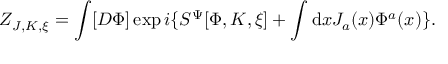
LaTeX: Z _ { J , K , \xi } = \int [ D \Phi ] \exp i \{ { \cal S } ^ { \Psi } [ \Phi , K , \xi ] + \int \mathrm { d } x J _ { a } ( x ) \Phi ^ { a } ( x ) \} .